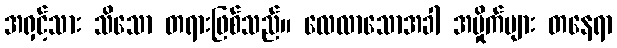
အရှင့်သား သိသော တရားဖြစ်သည်။ လေလာသောအခါ အမှိုက်များ တနေရာ